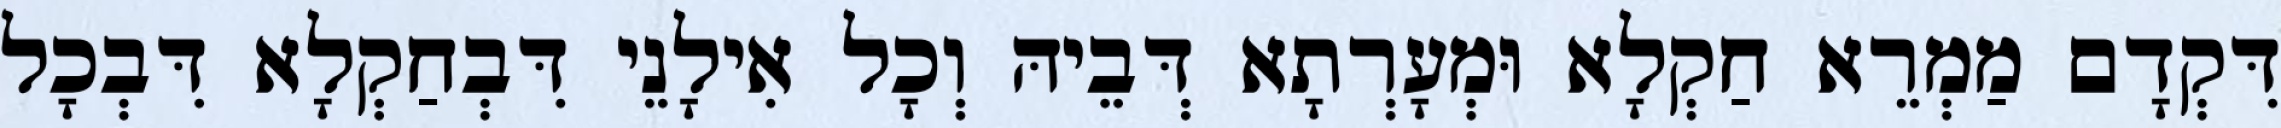
דִּקְדָם מַמְרֵא חַקְלָא וּמְעָרְתָא דְּבֵיהּ וְכָל אִילָנֵי דִּבְחַקְלָא דִּבְכָל